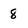
Character: 8